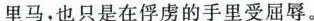
里马，也只是在俘虏的手里受屈辱。